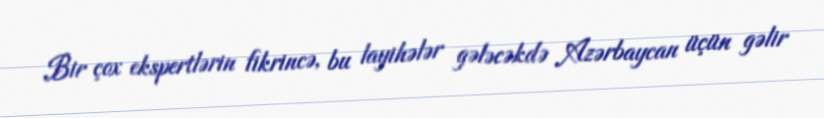
Bir çox ekspertlərin fikrincə, bu layihələr gələcəkdə Azərbaycan üçün gəlir